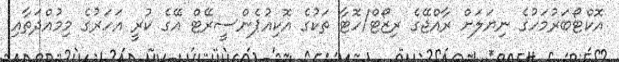
އޮކްޓޯބަރުމަހުގެ ނިޔަލަށް ރާއްޖޭގެ ރިޒޯޓް/ހޮޓާ ތަކުގެ އޮކިއުޕެންސީރޭޓް އޭގެ ކުރީ އަހަރުގެ މިމުއްދަތާއި